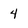
Character: 4